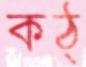
কঠ্